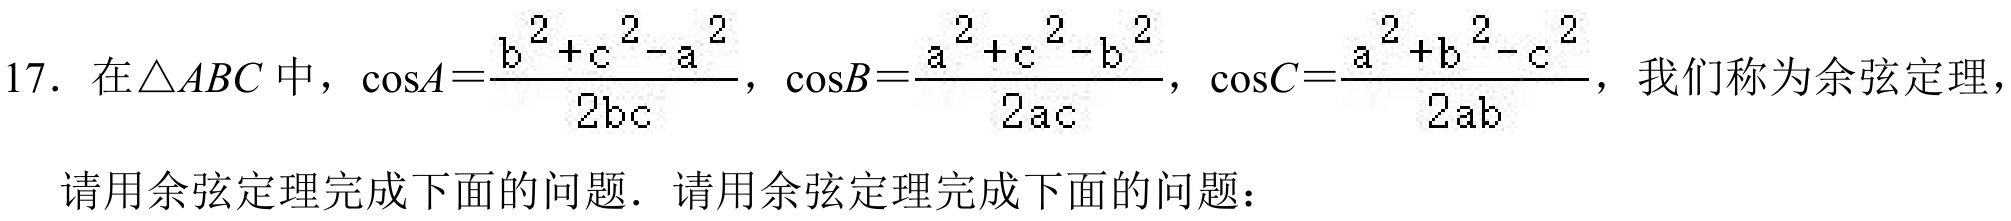
17. 在\(\triangle ABC\)中，\(\cos A=\frac{b^{2}+c^{2}-a^{2}}{2bc}\)，\(\cos B=\frac{a^{2}+c^{2}-b^{2}}{2ac}\)，\(\cos C=\frac{a^{2}+b^{2}-c^{2}}{2ab}\)，我们称为余弦定理，请用余弦定理完成下面的问题. 请用余弦定理完成下面的问题：